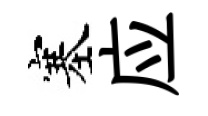
塞应